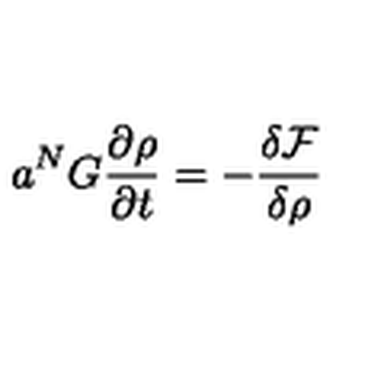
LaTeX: a ^ { N } G \frac { \partial \rho } { \partial t } = - \frac { \delta \mathcal { F } } { \delta \rho }